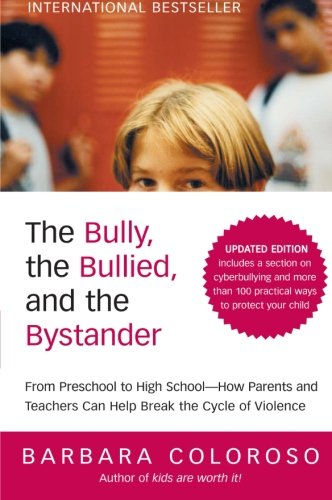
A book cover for The Bully, the Bullied, and the Bystander: From Preschool to HighSchool--How Parents and Teachers Can Help Break the Cycle (Updated Edition); Barbara Coloroso; Education & Teaching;